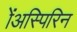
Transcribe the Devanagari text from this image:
ॲअस्पिरिन